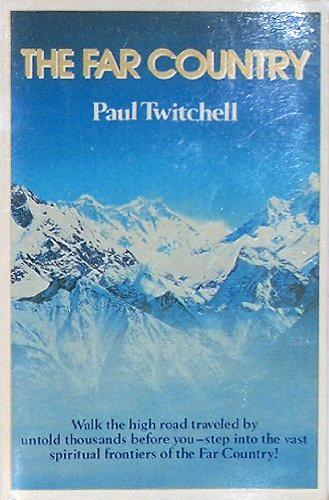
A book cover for The Far Country; Paul Twitchell; Religion & Spirituality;